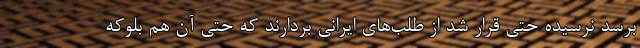
برسد نرسیده حتی قرار شد از طلب‌های ایرانی بردارند که حتی آن هم بلوکه